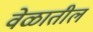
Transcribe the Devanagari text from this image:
वेळातील